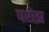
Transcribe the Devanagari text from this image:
परोझ